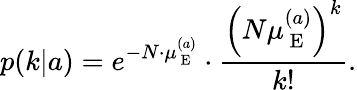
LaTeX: p(k|a)=e^{-N\cdot\mu_{\mathrm{~E~}}^{(a)}}\cdot\frac{\left(N\mu_{\mathrm{~E~}}^{(a)}\right)^{k}}{k!}.